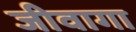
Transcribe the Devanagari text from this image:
जीवागा